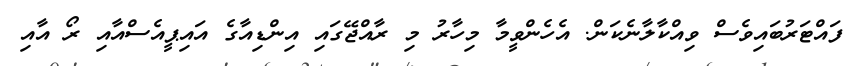
ފައްޓަރުބައިވެސް ވިއްކާލާނެކަން. އެހެންވީމާ މިހާރު މި ރާއްޖޭގައި އިންޑިއާގެ އައިޕީއެސްއާއި ރޯ އާއި